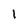
Character: 1